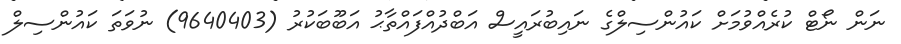
ނަން ނޯޓް ކުރެއްވުމަށް ކައުންސިލްގެ ނައިބުރައީސް އަބްދުއްފައްތާޙު އަބޫބަކުރު (9640403) ނުވަތަ ކައުންސިލް